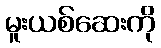
မူးယစ်ဆေးကို